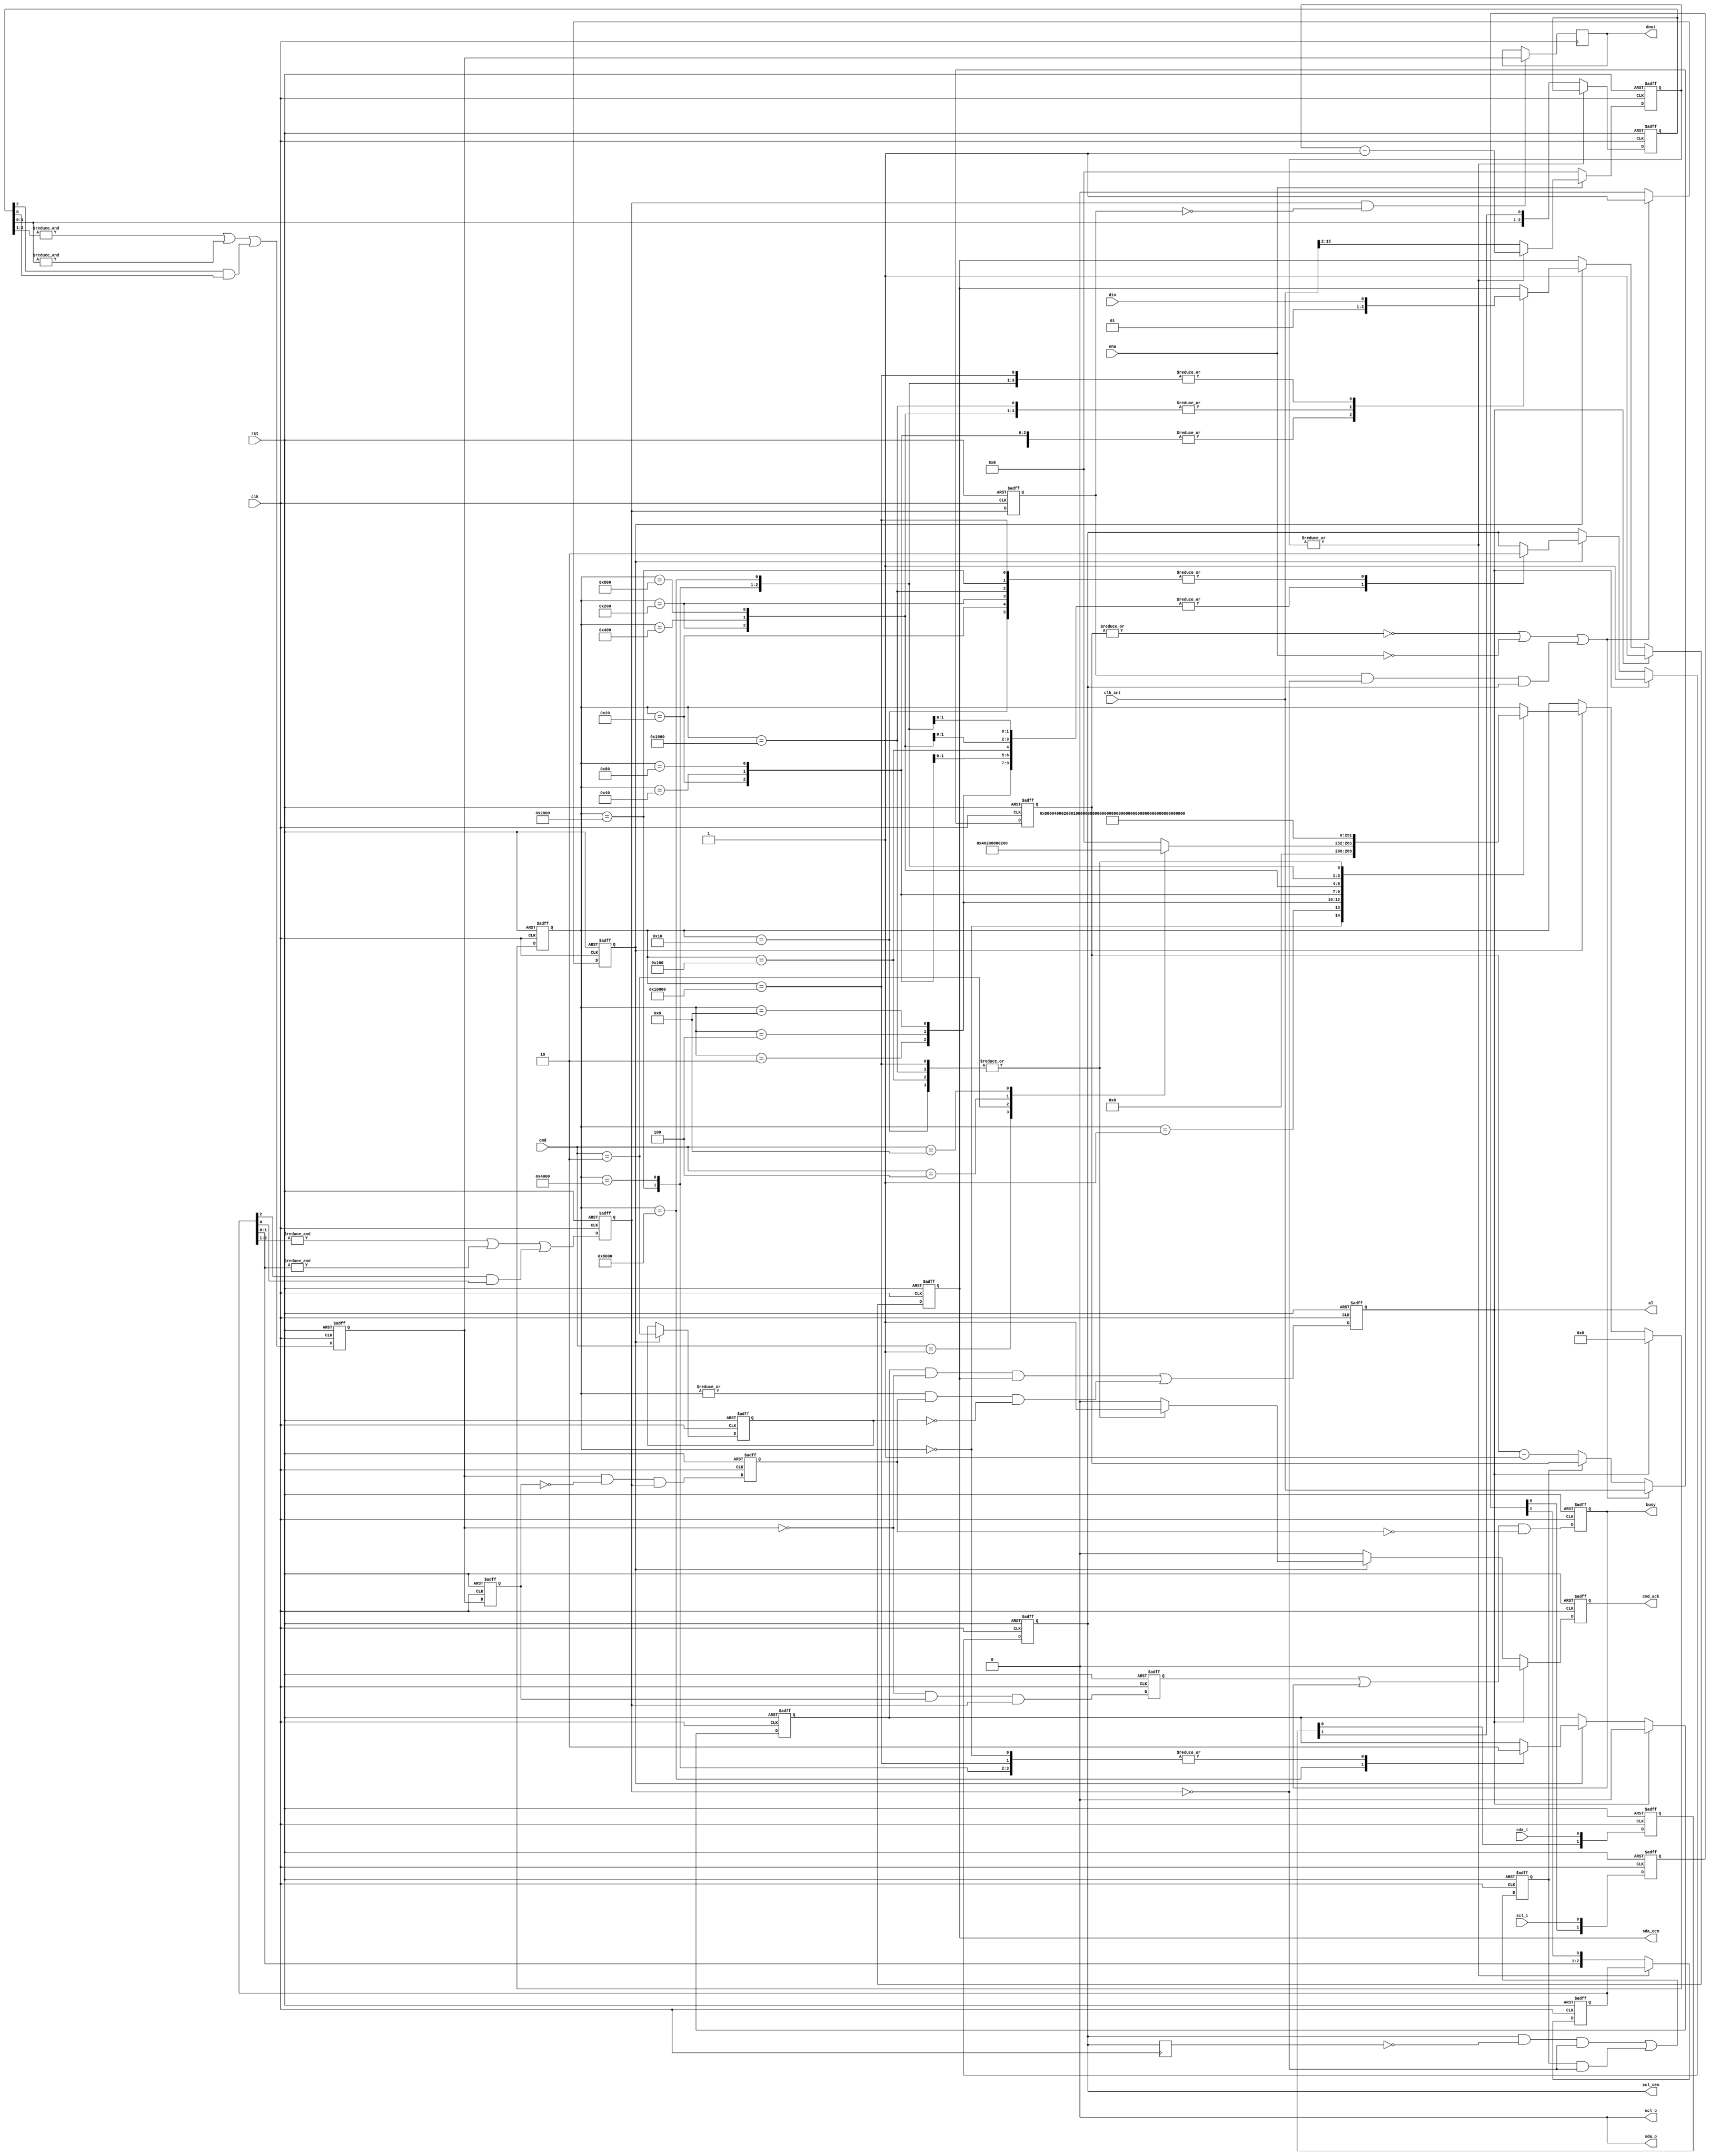
/*
/////////////////////////////////////////////////////////////////////
////                                                             ////
//// Copyright (C) 2001 Richard Herveille                        ////
////                    richard@asics.ws                         ////
////                                                             ////
//// This source file may be used and distributed without        ////
//// restriction provided that this copyright statement is not   ////
//// removed from the file and that any derivative work contains ////
//// the original copyright notice and the associated disclaimer.////
////                                                             ////
////     THIS SOFTWARE IS PROVIDED ``AS IS'' AND WITHOUT ANY     ////
//// EXPRESS OR IMPLIED WARRANTIES, INCLUDING, BUT NOT LIMITED   ////
//// TO, THE IMPLIED WARRANTIES OF MERCHANTABILITY AND FITNESS   ////
//// FOR A PARTICULAR PURPOSE. IN NO EVENT SHALL THE AUTHOR      ////
//// OR CONTRIBUTORS BE LIABLE FOR ANY DIRECT, INDIRECT,         ////
//// INCIDENTAL, SPECIAL, EXEMPLARY, OR CONSEQUENTIAL DAMAGES    ////
//// (INCLUDING, BUT NOT LIMITED TO, PROCUREMENT OF SUBSTITUTE   ////
//// GOODS OR SERVICES; LOSS OF USE, DATA, OR PROFITS; OR        ////
//// BUSINESS INTERRUPTION) HOWEVER CAUSED AND ON ANY THEORY OF  ////
//// LIABILITY, WHETHER IN  CONTRACT, STRICT LIABILITY, OR TORT  ////
//// (INCLUDING NEGLIGENCE OR OTHERWISE) ARISING IN ANY WAY OUT  ////
//// OF THE USE OF THIS SOFTWARE, EVEN IF ADVISED OF THE         ////
//// POSSIBILITY OF SUCH DAMAGE.                                 ////
////                                                             ////
/////////////////////////////////////////////////////////////////////
*/
/*
	i2c master controller. 
	Based on the OpenCores i2c master controller by Richard Herveille 
	Updated to: 
		(1) remove unnecessary latches and
		(2) enable asynchronous reading
	Author: Mohamed Shalan
*/


`timescale 1ns/1ps
`default_nettype none


// bitcontroller states
`define I2C_CMD_NOP   4'b0000
`define I2C_CMD_START 4'b0001
`define I2C_CMD_STOP  4'b0010
`define I2C_CMD_WRITE 4'b0100
`define I2C_CMD_READ  4'b1000


module i2c_master_bit_ctrl (
    input             clk,      // system clock
    input             rst,      // asynchronous active high reset
    input             ena,      // core enable signal

    input      [15:0] clk_cnt,  // clock prescale value

    input      [ 3:0] cmd,      // command (from byte controller)
    output reg        cmd_ack,  // command complete acknowledge
    output reg        busy,     // i2c bus busy
    output reg        al,       // i2c bus arbitration lost

    input             din,
    output reg        dout,

    input             scl_i,    // i2c clock line input
    output            scl_o,    // i2c clock line output
    output reg        scl_oen,  // i2c clock line output enable (active low)
    input             sda_i,    // i2c data line input
    output            sda_o,    // i2c data line output
    output reg        sda_oen   // i2c data line output enable (active low)
);

    //
    // variable declarations
    //

    reg [ 1:0] cSCL, cSDA;      // capture SCL and SDA
    reg [ 2:0] fSCL, fSDA;      // SCL and SDA filter inputs
    reg        sSCL, sSDA;      // filtered and synchronized SCL and SDA inputs
    reg        dSCL, dSDA;      // delayed versions of sSCL and sSDA
    reg        dscl_oen;        // delayed scl_oen
    reg        sda_chk;         // check SDA output (Multi-master arbitration)
    reg        clk_en;          // clock generation signals
    reg        slave_wait;      // slave inserts wait states
    reg [15:0] cnt;             // clock divider counter (synthesis)
    reg [13:0] filter_cnt;      // clock divider for filter


    // state machine variable
    reg [17:0] c_state;

    //
    // module body
    //

    // whenever the slave is not ready it can delay the cycle by pulling SCL low
    // delay scl_oen
    always @(posedge clk)
      dscl_oen <= #1 scl_oen;

    // slave_wait is asserted when master wants to drive SCL high, but the slave pulls it low
    // slave_wait remains asserted until the slave releases SCL
    always @(posedge clk or posedge rst)
      if (rst) slave_wait <= 1'b0;
      else         slave_wait <= (scl_oen & ~dscl_oen & ~sSCL) | (slave_wait & ~sSCL);

    // master drives SCL high, but another master pulls it low
    // master start counting down its low cycle now (clock synchronization)
    wire scl_sync   = dSCL & ~sSCL & scl_oen;


    // generate clk enable signal
    always @(posedge clk or posedge rst)
      if (rst)
      begin
          cnt    <= #1 16'h0;
          clk_en <= #1 1'b1;
      end
      else if ( ~|cnt || !ena || scl_sync)
      begin
          cnt    <= #1 clk_cnt;
          clk_en <= #1 1'b1;
      end
      else if (slave_wait)
      begin
          cnt    <= #1 cnt;
          clk_en <= #1 1'b0;    
      end
      else
      begin
          cnt    <= #1 cnt - 16'h1;
          clk_en <= #1 1'b0;
      end


    // generate bus status controller

    // capture SDA and SCL
    // reduce metastability risk
    always @(posedge clk or posedge rst)
      if (rst)
      begin
          cSCL <= #1 2'b00;
          cSDA <= #1 2'b00;
      end
      else
      begin
          cSCL <= {cSCL[0],scl_i};
          cSDA <= {cSDA[0],sda_i};
      end


    // filter SCL and SDA signals; (attempt to) remove glitches
    always @(posedge clk or posedge rst)
      if      (rst) filter_cnt <= 14'h0;
      else if (!ena ) filter_cnt <= 14'h0;
      else if (~|filter_cnt) filter_cnt <= clk_cnt >> 2; //16x I2C bus frequency
      else                   filter_cnt <= filter_cnt -1;


    always @(posedge clk or posedge rst)
      if (rst)
      begin
          fSCL <= 3'b111;
          fSDA <= 3'b111;
      end
      else if (~|filter_cnt)
      begin
          fSCL <= {fSCL[1:0],cSCL[1]};
          fSDA <= {fSDA[1:0],cSDA[1]};
      end


    // generate filtered SCL and SDA signals
    always @(posedge clk or posedge rst)
	  if (rst)
      begin
          sSCL <= #1 1'b1;
          sSDA <= #1 1'b1;

          dSCL <= #1 1'b1;
          dSDA <= #1 1'b1;
      end
      else
      begin
          sSCL <= #1 &fSCL[2:1] | &fSCL[1:0] | (fSCL[2] & fSCL[0]);
          sSDA <= #1 &fSDA[2:1] | &fSDA[1:0] | (fSDA[2] & fSDA[0]);

          dSCL <= #1 sSCL;
          dSDA <= #1 sSDA;
      end

    // detect start condition => detect falling edge on SDA while SCL is high
    // detect stop condition => detect rising edge on SDA while SCL is high
    reg sta_condition;
    reg sto_condition;
    always @(posedge clk or posedge rst)
      if (rst)
      begin
          sta_condition <= #1 1'b0;
          sto_condition <= #1 1'b0;
      end
      else
      begin
          sta_condition <= #1 ~sSDA &  dSDA & sSCL;
          sto_condition <= #1  sSDA & ~dSDA & sSCL;
      end


    // generate i2c bus busy signal
    always @(posedge clk or posedge rst)
      if (rst    ) busy <= #1 1'b0;
      else              busy <= #1 (sta_condition | busy) & ~sto_condition;


    // generate arbitration lost signal
    // aribitration lost when:
    // 1) master drives SDA high, but the i2c bus is low
    // 2) stop detected while not requested
    reg cmd_stop;
    always @(posedge clk or posedge rst)
      if (rst)
          cmd_stop <= #1 1'b0;
      else if (clk_en)
          cmd_stop <= #1 cmd == `I2C_CMD_STOP;

    always @(posedge clk or posedge rst)
      if (rst)
          al <= #1 1'b0;
      else
          al <= #1 (sda_chk & ~sSDA & sda_oen) | (|c_state & sto_condition & ~cmd_stop);


    // generate dout signal (store SDA on rising edge of SCL)
    always @(posedge clk)
      if (sSCL & ~dSCL) dout <= #1 sSDA;


    // generate statemachine

    // nxt_state decoder
    parameter [17:0] idle    = 18'b0_0000_0000_0000_0000;
    parameter [17:0] start_a = 18'b0_0000_0000_0000_0001;
    parameter [17:0] start_b = 18'b0_0000_0000_0000_0010;
    parameter [17:0] start_c = 18'b0_0000_0000_0000_0100;
    parameter [17:0] start_d = 18'b0_0000_0000_0000_1000;
    parameter [17:0] start_e = 18'b0_0000_0000_0001_0000;
    parameter [17:0] stop_a  = 18'b0_0000_0000_0010_0000;
    parameter [17:0] stop_b  = 18'b0_0000_0000_0100_0000;
    parameter [17:0] stop_c  = 18'b0_0000_0000_1000_0000;
    parameter [17:0] stop_d  = 18'b0_0000_0001_0000_0000;
    parameter [17:0] rd_a    = 18'b0_0000_0010_0000_0000;
    parameter [17:0] rd_b    = 18'b0_0000_0100_0000_0000;
    parameter [17:0] rd_c    = 18'b0_0000_1000_0000_0000;
    parameter [17:0] rd_d    = 18'b0_0001_0000_0000_0000;
    parameter [17:0] wr_a    = 18'b0_0010_0000_0000_0000;
    parameter [17:0] wr_b    = 18'b0_0100_0000_0000_0000;
    parameter [17:0] wr_c    = 18'b0_1000_0000_0000_0000;
    parameter [17:0] wr_d    = 18'b1_0000_0000_0000_0000;

    always @(posedge clk or posedge rst)
      if (rst)
      begin
          c_state <= #1 idle;
          cmd_ack <= #1 1'b0;
          scl_oen <= #1 1'b1;
          sda_oen <= #1 1'b1;
          sda_chk <= #1 1'b0;
      end
      else if (al)
      begin
          c_state <= #1 idle;
          cmd_ack <= #1 1'b0;
          scl_oen <= #1 1'b1;
          sda_oen <= #1 1'b1;
          sda_chk <= #1 1'b0;
      end
      else
      begin
          cmd_ack   <= #1 1'b0; // default no command acknowledge + assert cmd_ack only 1clk cycle

          if (clk_en)
              case (c_state)
                    // idle state
                    idle:
                    begin
                        case (cmd)
                             `I2C_CMD_START: c_state <= #1 start_a;
                             `I2C_CMD_STOP:  c_state <= #1 stop_a;
                             `I2C_CMD_WRITE: c_state <= #1 wr_a;
                             `I2C_CMD_READ:  c_state <= #1 rd_a;
                             default:        c_state <= #1 idle;
                        endcase

                        scl_oen <= #1 scl_oen; // keep SCL in same state
                        sda_oen <= #1 sda_oen; // keep SDA in same state
                        sda_chk <= #1 1'b0;    // don't check SDA output
                    end

                    // start
                    start_a:
                    begin
                        c_state <= #1 start_b;
                        scl_oen <= #1 scl_oen; // keep SCL in same state
                        sda_oen <= #1 1'b1;    // set SDA high
                        sda_chk <= #1 1'b0;    // don't check SDA output
                    end

                    start_b:
                    begin
                        c_state <= #1 start_c;
                        scl_oen <= #1 1'b1; // set SCL high
                        sda_oen <= #1 1'b1; // keep SDA high
                        sda_chk <= #1 1'b0; // don't check SDA output
                    end

                    start_c:
                    begin
                        c_state <= #1 start_d;
                        scl_oen <= #1 1'b1; // keep SCL high
                        sda_oen <= #1 1'b0; // set SDA low
                        sda_chk <= #1 1'b0; // don't check SDA output
                    end

                    start_d:
                    begin
                        c_state <= #1 start_e;
                        scl_oen <= #1 1'b1; // keep SCL high
                        sda_oen <= #1 1'b0; // keep SDA low
                        sda_chk <= #1 1'b0; // don't check SDA output
                    end

                    start_e:
                    begin
                        c_state <= #1 idle;
                        cmd_ack <= #1 1'b1;
                        scl_oen <= #1 1'b0; // set SCL low
                        sda_oen <= #1 1'b0; // keep SDA low
                        sda_chk <= #1 1'b0; // don't check SDA output
                    end

                    // stop
                    stop_a:
                    begin
                        c_state <= #1 stop_b;
                        scl_oen <= #1 1'b0; // keep SCL low
                        sda_oen <= #1 1'b0; // set SDA low
                        sda_chk <= #1 1'b0; // don't check SDA output
                    end

                    stop_b:
                    begin
                        c_state <= #1 stop_c;
                        scl_oen <= #1 1'b1; // set SCL high
                        sda_oen <= #1 1'b0; // keep SDA low
                        sda_chk <= #1 1'b0; // don't check SDA output
                    end

                    stop_c:
                    begin
                        c_state <= #1 stop_d;
                        scl_oen <= #1 1'b1; // keep SCL high
                        sda_oen <= #1 1'b0; // keep SDA low
                        sda_chk <= #1 1'b0; // don't check SDA output
                    end

                    stop_d:
                    begin
                        c_state <= #1 idle;
                        cmd_ack <= #1 1'b1;
                        scl_oen <= #1 1'b1; // keep SCL high
                        sda_oen <= #1 1'b1; // set SDA high
                        sda_chk <= #1 1'b0; // don't check SDA output
                    end

                    // read
                    rd_a:
                    begin
                        c_state <= #1 rd_b;
                        scl_oen <= #1 1'b0; // keep SCL low
                        sda_oen <= #1 1'b1; // tri-state SDA
                        sda_chk <= #1 1'b0; // don't check SDA output
                    end

                    rd_b:
                    begin
                        c_state <= #1 rd_c;
                        scl_oen <= #1 1'b1; // set SCL high
                        sda_oen <= #1 1'b1; // keep SDA tri-stated
                        sda_chk <= #1 1'b0; // don't check SDA output
                    end

                    rd_c:
                    begin
                        c_state <= #1 rd_d;
                        scl_oen <= #1 1'b1; // keep SCL high
                        sda_oen <= #1 1'b1; // keep SDA tri-stated
                        sda_chk <= #1 1'b0; // don't check SDA output
                    end

                    rd_d:
                    begin
                        c_state <= #1 idle;
                        cmd_ack <= #1 1'b1;
                        scl_oen <= #1 1'b0; // set SCL low
                        sda_oen <= #1 1'b1; // keep SDA tri-stated
                        sda_chk <= #1 1'b0; // don't check SDA output
                    end

                    // write
                    wr_a:
                    begin
                        c_state <= #1 wr_b;
                        scl_oen <= #1 1'b0; // keep SCL low
                        sda_oen <= #1 din;  // set SDA
                        sda_chk <= #1 1'b0; // don't check SDA output (SCL low)
                    end

                    wr_b:
                    begin
                        c_state <= #1 wr_c;
                        scl_oen <= #1 1'b1; // set SCL high
                        sda_oen <= #1 din;  // keep SDA
                        sda_chk <= #1 1'b0; // don't check SDA output yet
                                            // allow some time for SDA and SCL to settle
                    end

                    wr_c:
                    begin
                        c_state <= #1 wr_d;
                        scl_oen <= #1 1'b1; // keep SCL high
                        sda_oen <= #1 din;
                        sda_chk <= #1 1'b1; // check SDA output
                    end

                    wr_d:
                    begin
                        c_state <= #1 idle;
                        cmd_ack <= #1 1'b1;
                        scl_oen <= #1 1'b0; // set SCL low
                        sda_oen <= #1 din;
                        sda_chk <= #1 1'b0; // don't check SDA output (SCL low)
                    end

              endcase
      end


    // assign scl and sda output (always gnd)
    assign scl_o = 1'b0;
    assign sda_o = 1'b0;

endmodule

module i2c_master_byte_ctrl (
	clk, rst, ena, clk_cnt, start, stop, read, write, ack_in, din,
	cmd_ack, ack_out, dout, i2c_busy, i2c_al, scl_i, scl_o, scl_oen, sda_i, sda_o, sda_oen );

	//
	// inputs & outputs
	//
	input clk;     // master clock
	input rst;     // asynchronous active high reset
	input ena;     // core enable signal

	input [15:0] clk_cnt; // 4x SCL

	// control inputs
	input       start;
	input       stop;
	input       read;
	input       write;
	input       ack_in;
	input [7:0] din;

	// status outputs
	output       cmd_ack;
	reg cmd_ack;
	output       ack_out;
	reg ack_out;
	output       i2c_busy;
	output       i2c_al;
	output [7:0] dout;

	// I2C signals
	input  scl_i;
	output scl_o;
	output scl_oen;
	input  sda_i;
	output sda_o;
	output sda_oen;


	//
	// Variable declarations
	//

	// statemachine
	parameter [4:0] ST_IDLE  = 5'b0_0000;
	parameter [4:0] ST_START = 5'b0_0001;
	parameter [4:0] ST_READ  = 5'b0_0010;
	parameter [4:0] ST_WRITE = 5'b0_0100;
	parameter [4:0] ST_ACK   = 5'b0_1000;
	parameter [4:0] ST_STOP  = 5'b1_0000;

	// signals for bit_controller
	reg  [3:0] core_cmd;
	reg        core_txd;
	wire       core_ack, core_rxd;

	// signals for shift register
	reg [7:0] sr; //8bit shift register
	reg       shift, ld;

	// signals for state machine
	wire       go;
	reg  [2:0] dcnt;
	wire       cnt_done;

	//
	// Module body
	//

	// hookup bit_controller
	i2c_master_bit_ctrl bit_controller (
		.clk     ( clk      ),
		.rst     ( rst      ),
		.ena     ( ena      ),
		.clk_cnt ( clk_cnt  ),
		.cmd     ( core_cmd ),
		.cmd_ack ( core_ack ),
		.busy    ( i2c_busy ),
		.al      ( i2c_al   ),
		.din     ( core_txd ),
		.dout    ( core_rxd ),
		.scl_i   ( scl_i    ),
		.scl_o   ( scl_o    ),
		.scl_oen ( scl_oen  ),
		.sda_i   ( sda_i    ),
		.sda_o   ( sda_o    ),
		.sda_oen ( sda_oen  )
	);

	// generate go-signal
	assign go = (read | write | stop) & ~cmd_ack;

	// assign dout output to shift-register
	assign dout = sr;

	// generate shift register
	always @(posedge clk or posedge rst)
	  if (rst)
	    sr <= #1 8'h0;
	  else if (ld)
	    sr <= #1 din;
	  else if (shift)
	    sr <= #1 {sr[6:0], core_rxd};

	// generate counter
	always @(posedge clk or posedge rst)
	  if (rst)
	    dcnt <= #1 3'h0;
	  else if (ld)
	    dcnt <= #1 3'h7;
	  else if (shift)
	    dcnt <= #1 dcnt - 3'h1;

	assign cnt_done = ~(|dcnt);

	//
	// state machine
	//
	reg [4:0] c_state;

	always @(posedge clk or posedge rst)
	  if (rst)
	    begin
	        core_cmd <= #1 `I2C_CMD_NOP;
	        core_txd <= #1 1'b0;
	        shift    <= #1 1'b0;
	        ld       <= #1 1'b0;
	        cmd_ack  <= #1 1'b0;
	        c_state  <= #1 ST_IDLE;
	        ack_out  <= #1 1'b0;
	    end
	  else if (i2c_al)
	   begin
	       core_cmd <= #1 `I2C_CMD_NOP;
	       core_txd <= #1 1'b0;
	       shift    <= #1 1'b0;
	       ld       <= #1 1'b0;
	       cmd_ack  <= #1 1'b0;
	       c_state  <= #1 ST_IDLE;
	       ack_out  <= #1 1'b0;
	   end
	else
	  begin
	      // initially reset all signals
	      core_txd <= #1 sr[7];
	      shift    <= #1 1'b0;
	      ld       <= #1 1'b0;
	      cmd_ack  <= #1 1'b0;

	      case (c_state) // synopsys full_case parallel_case
	        ST_IDLE:
	          if (go)
	            begin
	                if (start)
	                  begin
	                      c_state  <= #1 ST_START;
	                      core_cmd <= #1 `I2C_CMD_START;
	                  end
	                else if (read)
	                  begin
	                      c_state  <= #1 ST_READ;
	                      core_cmd <= #1 `I2C_CMD_READ;
	                  end
	                else if (write)
	                  begin
	                      c_state  <= #1 ST_WRITE;
	                      core_cmd <= #1 `I2C_CMD_WRITE;
	                  end
	                else // stop
	                  begin
	                      c_state  <= #1 ST_STOP;
	                      core_cmd <= #1 `I2C_CMD_STOP;
	                  end

	                ld <= #1 1'b1;
	            end

	        ST_START:
	          if (core_ack)
	            begin
	                if (read)
	                  begin
	                      c_state  <= #1 ST_READ;
	                      core_cmd <= #1 `I2C_CMD_READ;
	                  end
	                else
	                  begin
	                      c_state  <= #1 ST_WRITE;
	                      core_cmd <= #1 `I2C_CMD_WRITE;
	                  end

	                ld <= #1 1'b1;
	            end

	        ST_WRITE:
	          if (core_ack)
	            if (cnt_done)
	              begin
	                  c_state  <= #1 ST_ACK;
	                  core_cmd <= #1 `I2C_CMD_READ;
	              end
	            else
	              begin
	                  c_state  <= #1 ST_WRITE;       // stay in same state
	                  core_cmd <= #1 `I2C_CMD_WRITE; // write next bit
	                  shift    <= #1 1'b1;
	              end

	        ST_READ:
	          if (core_ack)
	            begin
	                if (cnt_done)
	                  begin
	                      c_state  <= #1 ST_ACK;
	                      core_cmd <= #1 `I2C_CMD_WRITE;
	                  end
	                else
	                  begin
	                      c_state  <= #1 ST_READ;       // stay in same state
	                      core_cmd <= #1 `I2C_CMD_READ; // read next bit
	                  end

	                shift    <= #1 1'b1;
	                core_txd <= #1 ack_in;
	            end

	        ST_ACK:
	          if (core_ack)
	            begin
	               if (stop)
	                 begin
	                     c_state  <= #1 ST_STOP;
	                     core_cmd <= #1 `I2C_CMD_STOP;
	                 end
	               else
	                 begin
	                     c_state  <= #1 ST_IDLE;
	                     core_cmd <= #1 `I2C_CMD_NOP;

	                     // generate command acknowledge signal
	                     cmd_ack  <= #1 1'b1;
	                 end

	                 // assign ack_out output to bit_controller_rxd (contains last received bit)
	                 ack_out <= #1 core_rxd;

	                 core_txd <= #1 1'b1;
	             end
	           else
	             core_txd <= #1 ack_in;

	        ST_STOP:
	          if (core_ack)
	            begin
	                c_state  <= #1 ST_IDLE;
	                core_cmd <= #1 `I2C_CMD_NOP;

	                // generate command acknowledge signal
	                cmd_ack  <= #1 1'b1;
	            end

	      endcase
	  end
endmodule


module i2c_master #(
	parameter base_addr = 6'h0
)
(
	//
    input wire sys_clk,
    input wire sys_rst,
    //
    input wire [5:0] io_a,
    input wire [7:0] io_di,
    output reg [7:0] io_do,
    input wire io_re,
    input wire io_we,
    //
	output reg i2c_irq,
	//
	input wire scl_i,	   // SCL-line input
	output wire scl_o,	   // SCL-line output (always 1'b0)
	output wire scl_oen_o, // SCL-line output enable (active low)
	input wire sda_i,      // SDA-line input
	output wire sda_o,	   // SDA-line output (always 1'b0)
	output wire sda_oen_o  // SDA-line output enable (active low)
);

    // register address	
	localparam prer_low_addr 	= base_addr;
	localparam prer_high_addr 	= base_addr + 6'd1;
	localparam ctr_addr  		= base_addr + 6'd2;
	localparam txr_addr  		= base_addr + 6'd3;
	localparam rxr_addr  		= base_addr + 6'd4;
	localparam cr_addr  			= base_addr + 6'd5;
	localparam sr_addr  			= base_addr + 6'd6;
	
	wire csr_selected = (io_a == prer_low_addr) | (io_a == prer_high_addr) |
						(io_a == ctr_addr) | (io_a == rxr_addr) |
						(io_a == sr_addr) | (io_a == txr_addr) |
						(io_a == cr_addr);
	
	//
	// variable declarations
	//

	// registers
	reg  [15:0] prer; // clock prescale register
	reg  [ 7:0] ctr;  // control register
	reg  [ 7:0] txr;  // transmit register
	wire [ 7:0] rxr;  // receive register
	reg  [ 7:0] cr;   // command register
	wire [ 7:0] sr;   // status register

	// done signal: command completed, clear command register
	wire done;

	// core enable signal
	wire core_en;
	wire ien;

	// status register signals
	wire irxack;
	reg  rxack;       // received aknowledge from slave
	reg  tip;         // transfer in progress
	reg  irq_flag;    // interrupt pending flag
	wire i2c_busy;    // bus busy (start signal detected)
	wire i2c_al;      // i2c bus arbitration lost
	reg  al;          // status register arbitration lost bit

	//
	// module body
	//

	// assign io_do
	always @*
	begin
	  io_do = 8'd00;
	  if(io_re & csr_selected)
		case (io_a)
			prer_low_addr: 		io_do = #1 prer[ 7:0];
			prer_high_addr: 	io_do = #1 prer[15:8];
			ctr_addr: 			io_do = #1 ctr;
			rxr_addr: 			io_do = #1 rxr;
			sr_addr: 			io_do = #1 sr;
			txr_addr: 			io_do = #1 txr;
			cr_addr: 			io_do = #1 cr;
			default: 			io_do = 8'hff;   			 // reserved
		endcase
	end

	/*
	always @(posedge sys_clk)
	begin
	  //io_do <= 8'd00;
	  if(io_re & csr_selected)
		case (io_a)
			prer_low_addr: 		io_do <= #1 prer[ 7:0];
			prer_high_addr: 	io_do <= #1 prer[15:8];
			ctr_addr: 			io_do <= #1 ctr;
			rxr_addr: 			io_do <= #1 rxr;
			sr_addr: 			io_do <= #1 sr;
			txr_addr: 			io_do <= #1 txr;
			cr_addr: 			io_do <= #1 cr;
			default: 			;   			 // reserved
		endcase
	end
*/
	// generate registers
	always @(posedge sys_clk or posedge sys_rst)
	  if (sys_rst)
	    begin
	        prer <= #1 16'hffff;
	        ctr  <= #1  8'h0;
	        txr  <= #1  8'h0;
	    end
	  else
	    if (io_we & csr_selected)
	      case (io_a)
	         prer_low_addr : 	prer [ 7:0] <= #1 io_di;
	         prer_high_addr : 	prer [15:8] <= #1 io_di;
	         ctr_addr : 				ctr <= #1 io_di;
	         txr_addr : 				txr <= #1 io_di;
	         default: ;
	      endcase

	// generate command register (special case)
	always @(posedge sys_clk or posedge sys_rst)
	  if (sys_rst)
	    cr <= #1 8'h0;
	  else if (io_we & (io_a == cr_addr))
	    begin
	        if (core_en)
	          cr <= #1 io_di;
	    end
	  else
	    begin
	        if (done | i2c_al)
	          cr[7:4] <= #1 4'h0;           // clear command bits when done
	                                        // or when aribitration lost
	        cr[2:1] <= #1 2'b0;             // reserved bits
	        cr[0]   <= #1 1'b0;             // clear IRQ_ACK bit
	    end


	// decode command register
	wire sta  = cr[7];
	wire sto  = cr[6];
	wire rd   = cr[5];
	wire wr   = cr[4];
	wire ack  = cr[3];
	wire iack = cr[0];

	// decode control register
	assign core_en = ctr[7];
	assign ien = ctr[6];

	// hookup byte controller block
	i2c_master_byte_ctrl byte_controller (
		.clk      ( sys_clk     ),
		.rst      ( sys_rst     ),
		.ena      ( core_en      ),
		.clk_cnt  ( prer         ),
		.start    ( sta          ),
		.stop     ( sto          ),
		.read     ( rd           ),
		.write    ( wr           ),
		.ack_in   ( ack          ),
		.din      ( txr          ),
		.cmd_ack  ( done         ),
		.ack_out  ( irxack       ),
		.dout     ( rxr          ),
		.i2c_busy ( i2c_busy     ),
		.i2c_al   ( i2c_al       ),
		.scl_i    ( scl_i    ),
		.scl_o    ( scl_o    ),
		.scl_oen  ( scl_oen_o ),
		.sda_i    ( sda_i    ),
		.sda_o    ( sda_o    ),
		.sda_oen  ( sda_oen_o )
	);

	// status register block + interrupt request signal
	always @(posedge sys_clk or posedge sys_rst)
	  if (sys_rst)
	    begin
	        al       <= #1 1'b0;
	        rxack    <= #1 1'b0;
	        tip      <= #1 1'b0;
	        irq_flag <= #1 1'b0;
	    end
	  else
	    begin
	        al       <= #1 i2c_al | (al & ~sta);
	        rxack    <= #1 irxack;
	        tip      <= #1 (rd | wr);
	        irq_flag <= #1 (done | i2c_al /*| irq_flag*/) & ~iack; // interrupt request flag is always generated
	    end

	// generate interrupt request signals
	always @(posedge sys_clk or posedge sys_rst)
	  if (sys_rst)
	    i2c_irq <= #1 1'b0;
	  else
	    i2c_irq <= #1 irq_flag && ien; // interrupt signal is only generated when IEN (interrupt enable bit is set)

	// assign status register bits
	assign sr[7]   = rxack;
	assign sr[6]   = i2c_busy;
	assign sr[5]   = al;
	assign sr[4:2] = 3'h0; // reserved
	assign sr[1]   = tip;
	assign sr[0]   = irq_flag;

endmodule